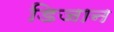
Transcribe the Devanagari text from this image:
डिजान